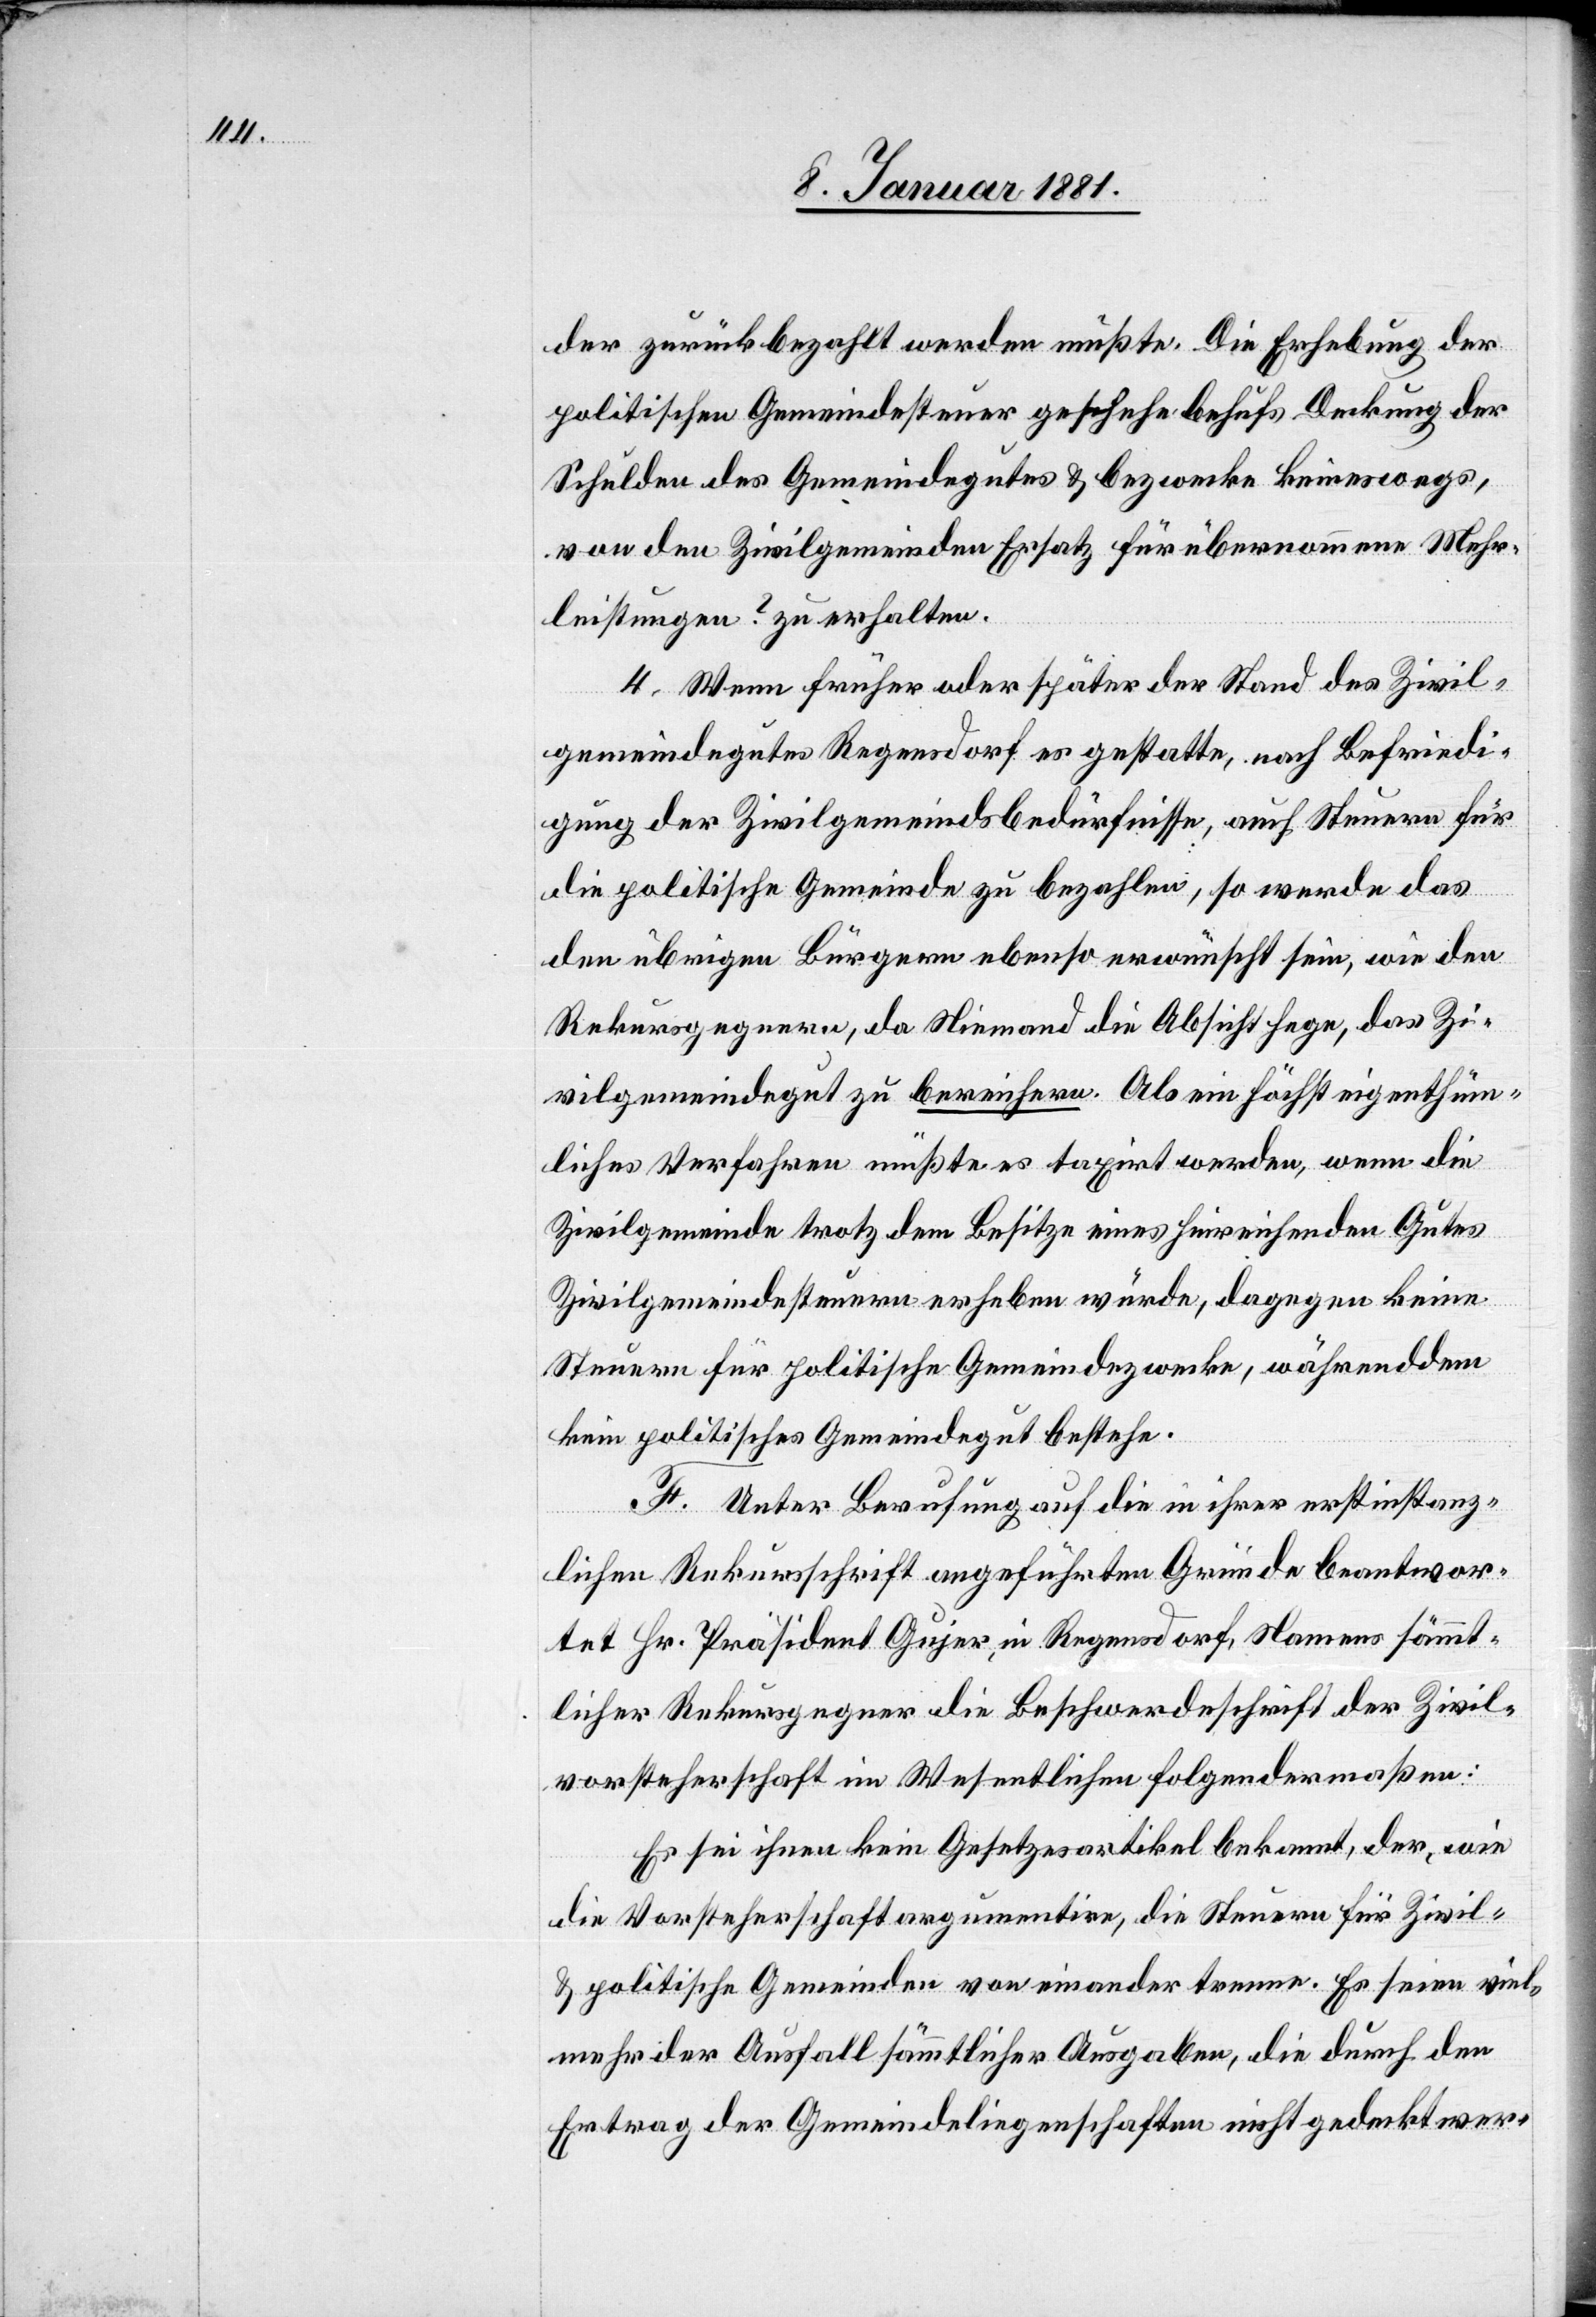
der zurückbezahlt werden müßte. Die Erhebung der
politischen Gemeindesteuer geschehe behufs Deckung der
Schulden des Gemeindegutes & bezwecke keineswegs,
von den Zivilgemeinden Ersatz für übernommene Mehr¬
leistungen ? zu erhalten.
4. Wenn früher oder später der Stand des Zivil¬
gemeindegutes Regensdorf es gestatte, nach Befriedi¬
gung der Zivilgemeindsbedürfnisse, auch Steuern für
die politische Gemeinde zu bezahlen, so werde das
den übrigen Bürgern ebenso erwünscht sein wie den
Rekursgegnern, da Niemand die Absicht hege, das Zi¬
vilgemeindegut zu bereichern. Als ein höchst eigenthüm¬
liches Verfahren müßte es taxirt werden, wenn die
Zivilgemeinde trotz dem Besitze eines hinreichenden Gutes
Zivilgemeindesteuern erheben würde, dagegen keine
Steuer für politische Gemeindezwecke, während dem
kein politisches Gemeindegut bestehe.
F. Unter Berufung auf die in ihrer erstinstanz¬
lichen Rekursschrift angeführten Gründe beantwor¬
tet Hr. Präsident Gujer, in Regensdorf, Namens sämmt¬
licher Rekursgegner die Beschwerdeschrift der Zivil¬
vorsteherschaft im Wesentlichen folgendermaßen:
Es sei ihnen kein Gesetzesartikel bekannt, der wie
die Vorsteherschaft argumentire, die Steuern für Zivil-
& politische Gemeinden von einander trenne. Es seien viel¬
mehr der Ausfall sämmtlicher Ausgaben, die durch den
Ertrag der Gemeindeliegenschaften nicht gedeckt wer-